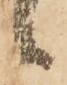
候